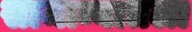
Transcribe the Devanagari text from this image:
सामान्यातला